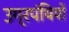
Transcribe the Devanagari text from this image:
उग्रपंथियों